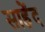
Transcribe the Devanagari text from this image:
साहेंद